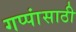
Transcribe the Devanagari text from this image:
गप्पांसाठी